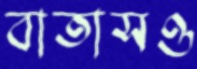
বাতাসও